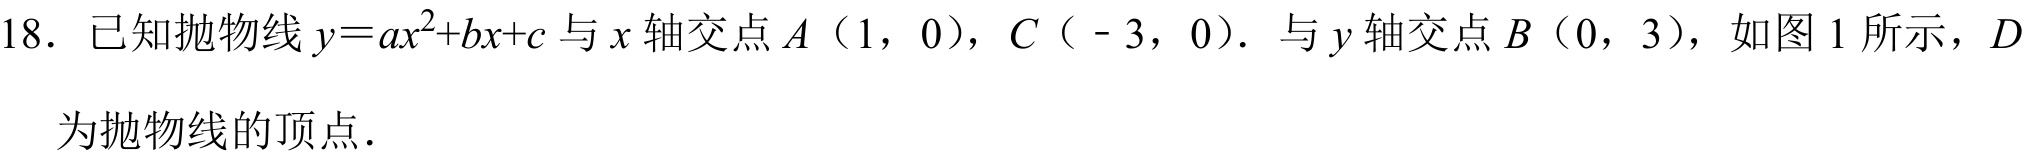
18. 已知抛物线 \(y = ax^{2}+bx + c\) 与 \(x\) 轴交点 \(A\)（1，0），\(C\)（\(-3\)，0）．与 \(y\) 轴交点 \(B\)（0，3），如图 1 所示，\(D\)
为抛物线的顶点．